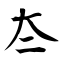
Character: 夳